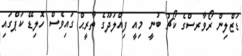
ޑަޒްލިން ރޯވާރސްގެ ކޯޗު ބުނީ މިއީ ފިއްލަދޫގެ ތާރީޙް ގައިވެސް ހޮލިޑޭ ކަޕްގައި